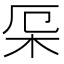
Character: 𣐃